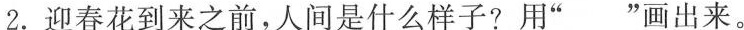
2.迎春花到来之前，人间是什么样子?用”___”画出来。